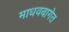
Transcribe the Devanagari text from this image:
माधवबागेत